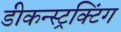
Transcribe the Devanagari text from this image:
डीकन्स्ट्रक्टिंग